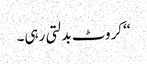
‘‘ کروٹ بدلتی رہی۔